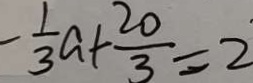
- \frac { 1 } { 3 } a + \frac { 2 0 } { 3 } = 2